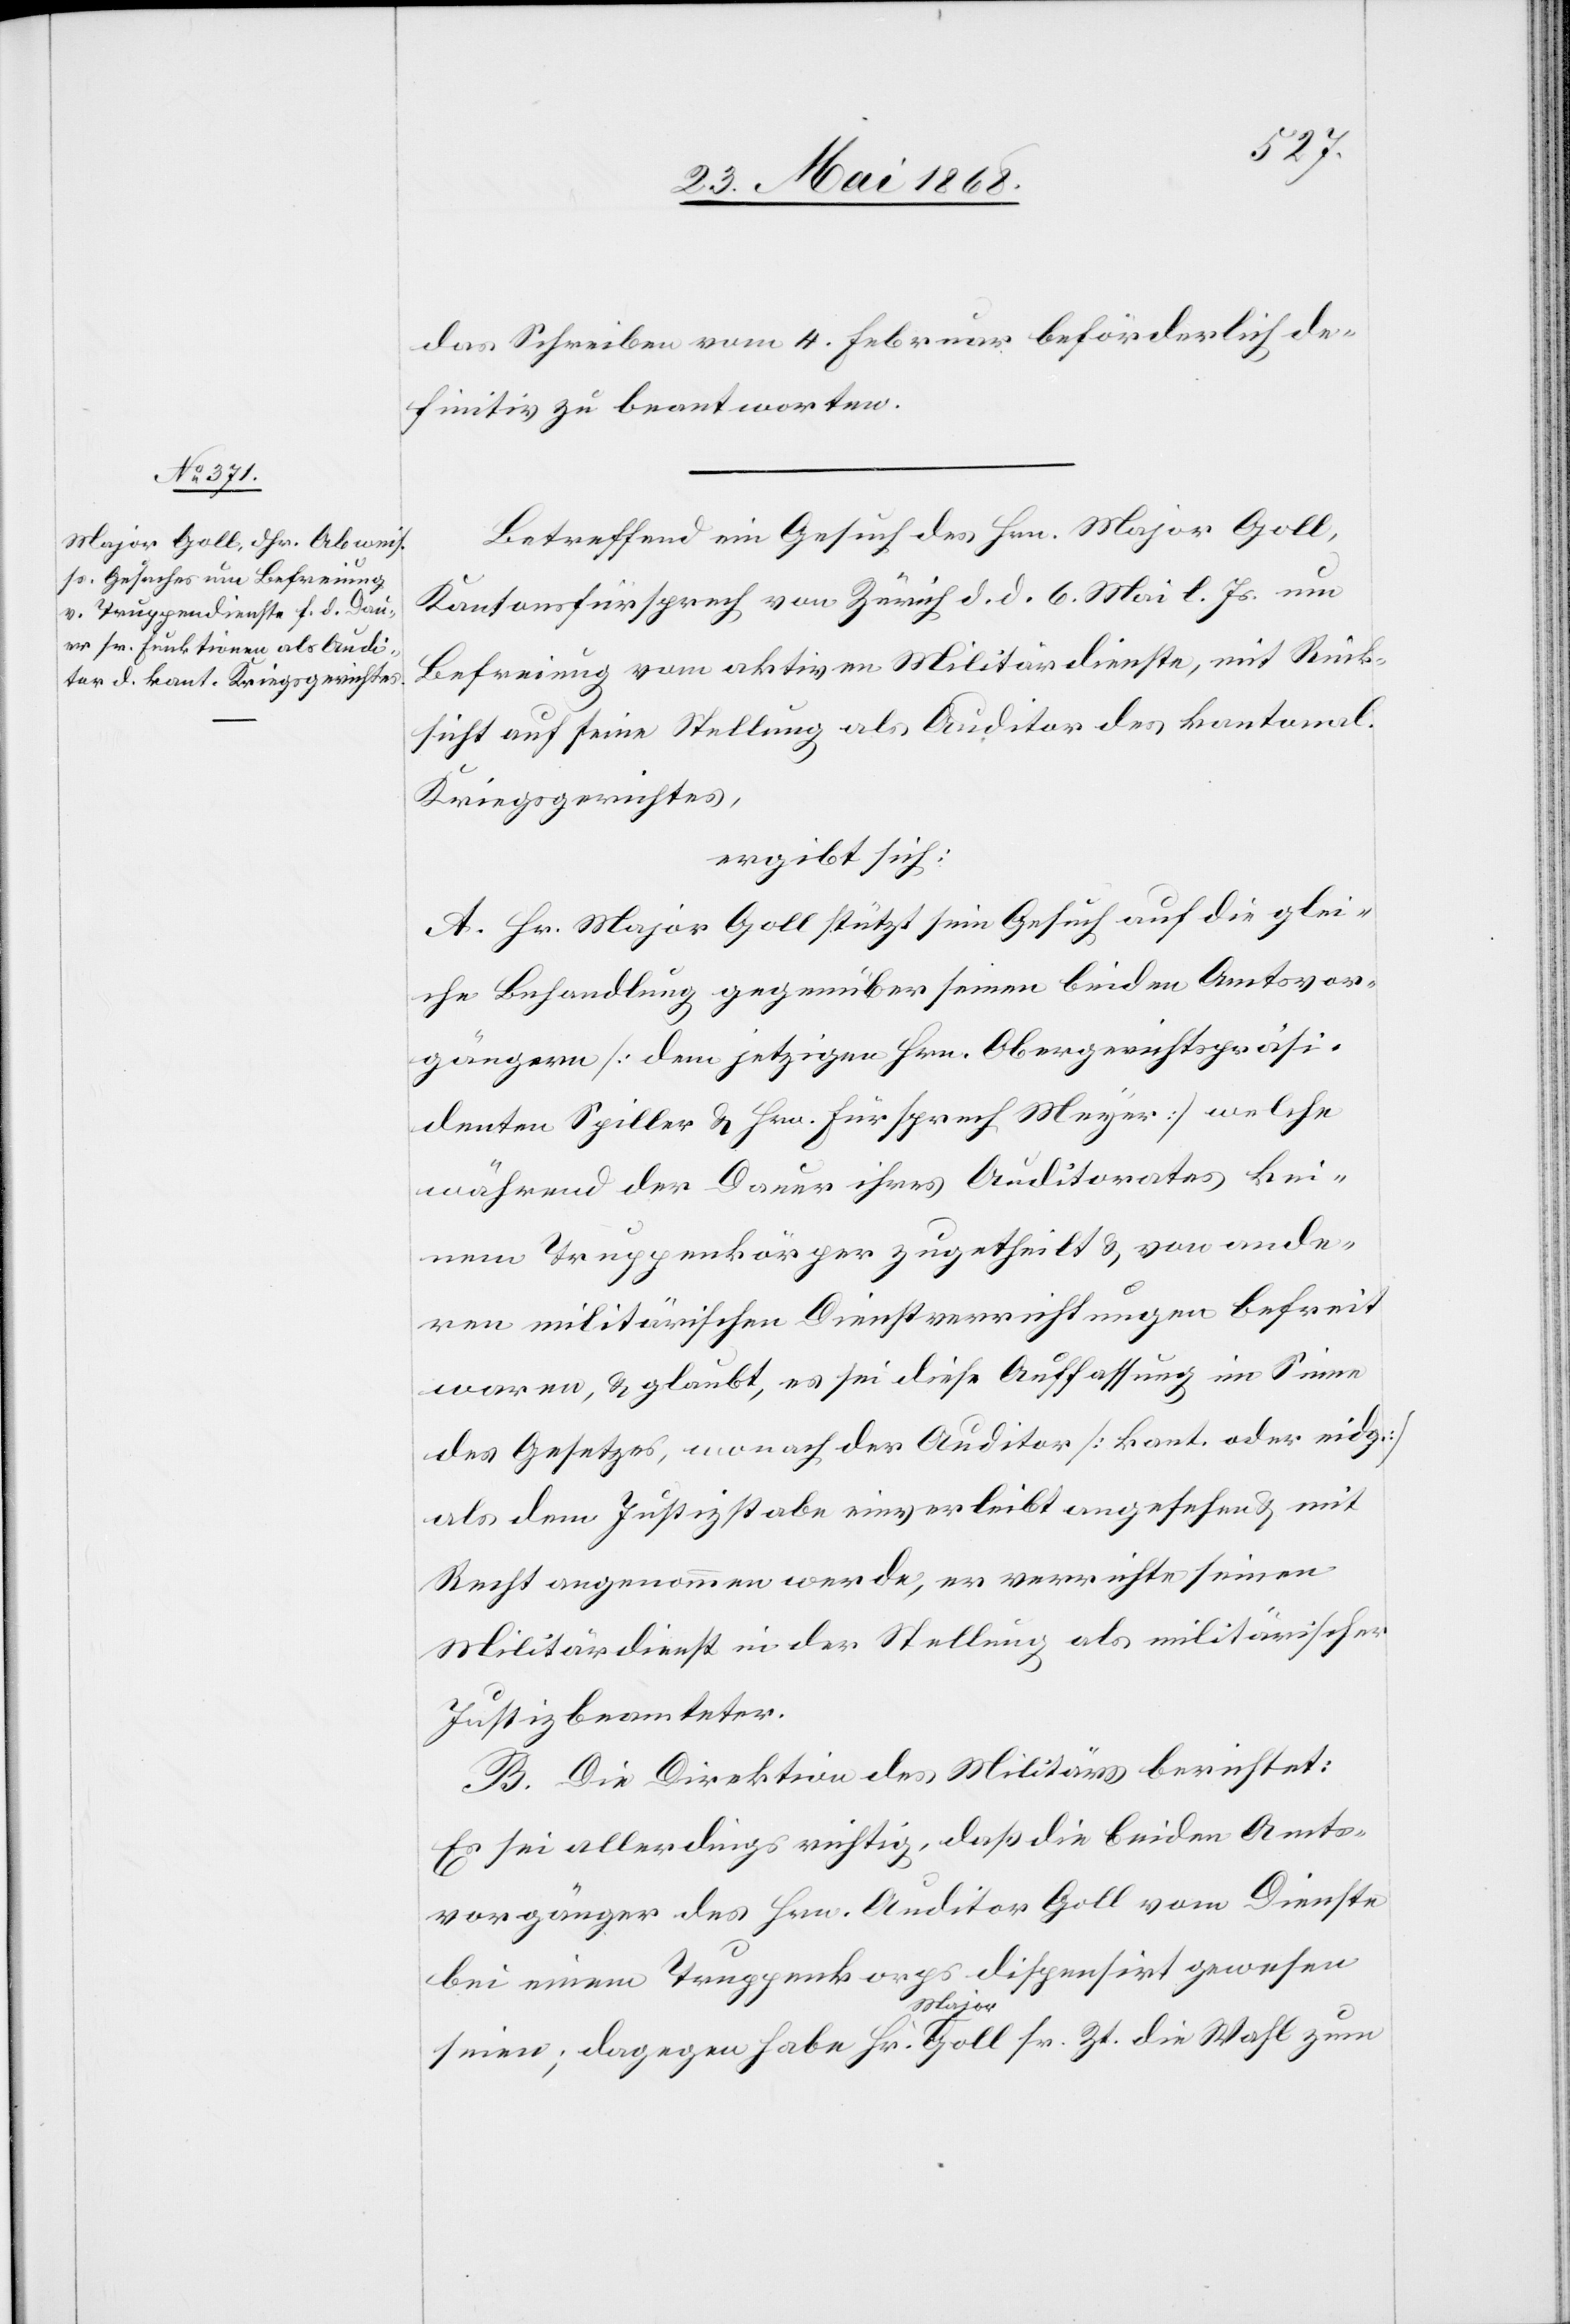
das Schreiben vom 4. Februar beförderlich de¬
finitiv zu beantworten.
Betreffend ein Gesuch des Hrn. Major Goll,
Kantonsfürsprech von Zürich d. d. 6. Mai l. Js. um
Befreiung vom aktiven Militärdienste, mit Rück¬
sicht auf seine Stellung als Auditor des kantonal.
Kriegsgerichtes,
ergibt sich:
A. Hr. Major Goll stützt sein Gesuch auf die glei¬
che Behandlung gegenüber seinen beiden Amtsvor¬
gängern [dem jetzigen Hrn. Obergerichtspräsi¬
denten Spiller & Hrn. Fürsprech Meyer] welche
während der Dauer ihres Auditorates kei¬
nem Truppenkörper zugetheilt & von ande¬
ren militärischen Dienstverrichtungen befreit
waren, & glaubt, es sei diese Auffassung im Sinne
des Gesetzes, wonach der Auditor [kant. oder eidg.]
als dem Justizstabe einverleibt angesehen & mit
Recht angenommen werde, er verrichte seinen
Militärdienst in der Stellung als militärischer
Justizbeamteter.
B. Die Direktion des Militärs berichtet:
Es sei allerdings richtig, daß die beiden Amts¬
vorgänger des Hrn. Auditor Goll vom Dienste
bei einem Truppenkorps dispensirt gewesen
seien; dagegen habe Hr. Major Goll sr. Zt. die Wahl zum